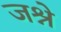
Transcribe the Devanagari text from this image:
जश्ने